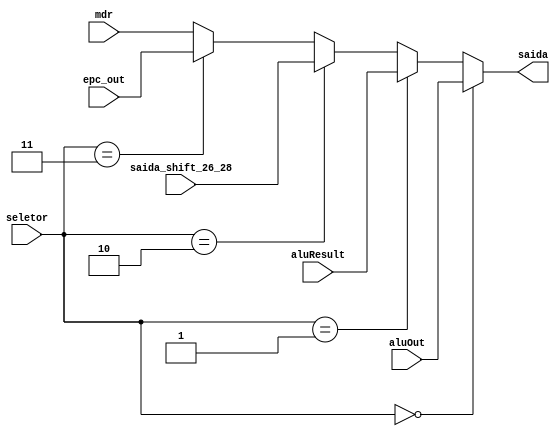
module Mux_8(
  input wire [2:0] seletor,
  input wire [31:0] aluOut,
  input wire [31:0] aluResult,
  input wire [31:0] saida_shift_26_28,
  input wire [31:0] epc_out,
  input wire [31:0] mdr,
  output wire [31:0] saida
);

wire [31:0] W1;
wire [31:0] W2;
wire [31:0] W3;
wire [31:0] W4;
assign W4 = (seletor == 3'b100) ? mdr : mdr;
assign W3 = (seletor == 3'b011) ? epc_out : W4;
assign W2 = (seletor == 3'b010) ? saida_shift_26_28 : W3;
assign W1 = (seletor == 3'b001) ? aluResult : W2;
assign saida = (seletor == 3'b000) ? aluOut : W1;
endmodule